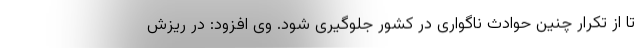
تا از تکرار چنین حوادث ناگواری در کشور جلوگیری شود. وی افزود: در ریزش